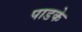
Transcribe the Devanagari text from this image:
पाडके